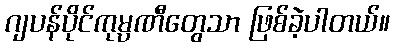
ဂျပန်ပိုင်ကုမ္ပဏီတွေသာ ဖြစ်ခဲ့ပါတယ်။